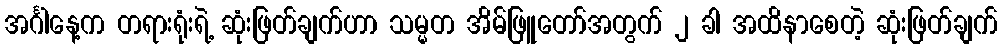
အင်္ဂါနေ့က တရားရုံးရဲ့ ဆုံးဖြတ်ချက်ဟာ သမ္မတ အိမ်ဖြူတော်အတွက် ၂ ခါ အထိနာစေတဲ့ ဆုံးဖြတ်ချက်